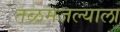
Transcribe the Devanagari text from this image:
तळमजल्याला